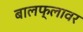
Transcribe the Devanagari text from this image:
बालफ्लावर